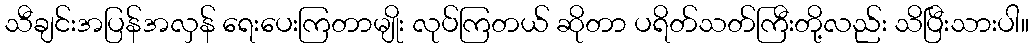
သီချင်းအပြန်အလှန် ရေးပေးကြတာမျိုး လုပ်ကြတယ် ဆိုတာ ပရိတ်သတ်ကြီးတို့လည်း သိပြီးသားပါ။